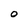
Character: O